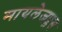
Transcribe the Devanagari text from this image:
मायलेजप्लस